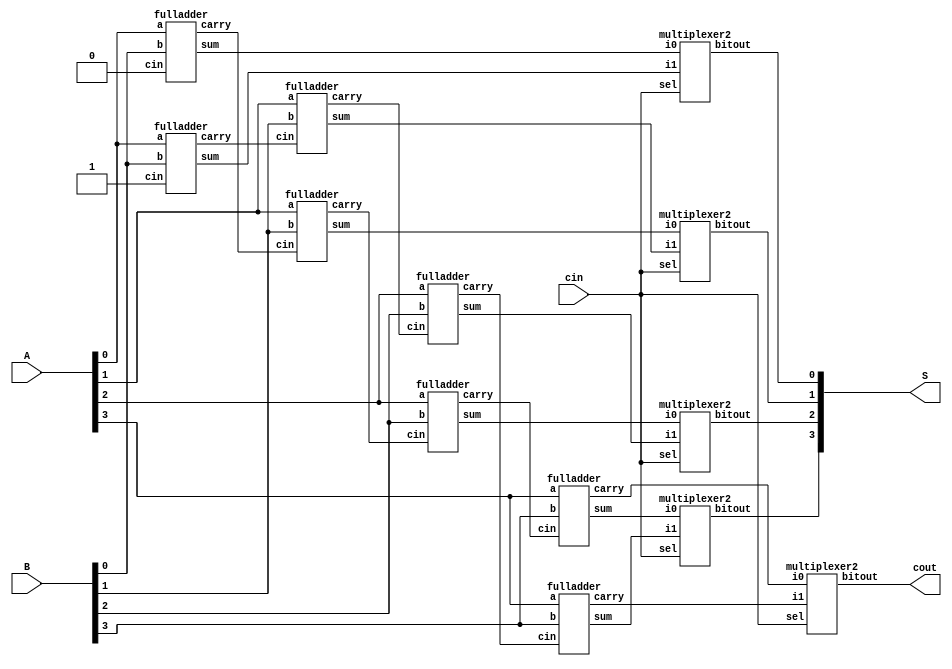
/*

    CARRY SELECT ADDER VERILOG CODE

*/

module carry_select_adder
        (   input [3:0] A,B,
            input cin,
            output [3:0] S,
            output cout );
            
        wire [3:0] temp0,temp1,carry0,carry1;
        //for carry 0
        fulladder fa00(A[0],B[0],1'b0,temp0[0],carry0[0]);
        fulladder fa01(A[1],B[1],carry0[0],temp0[1],carry0[1]);
        fulladder fa02(A[2],B[2],carry0[1],temp0[2],carry0[2]);
        fulladder fa03(A[3],B[3],carry0[2],temp0[3],carry0[3]);
        //for carry 1
        fulladder fa10(A[0],B[0],1'b1,temp1[0],carry1[0]);
        fulladder fa11(A[1],B[1],carry1[0],temp1[1],carry1[1]);
        fulladder fa12(A[2],B[2],carry1[1],temp1[2],carry1[2]);
        fulladder fa13(A[3],B[3],carry1[2],temp1[3],carry1[3]);
        //mux for carry
        multiplexer2 mux_carry(carry0[3],carry1[3],cin,cout);
        //mux's for sum
        multiplexer2 mux_sum0(temp0[0],temp1[0],cin,S[0]);
        multiplexer2 mux_sum1(temp0[1],temp1[1],cin,S[1]);
        multiplexer2 mux_sum2(temp0[2],temp1[2],cin,S[2]);
        multiplexer2 mux_sum3(temp0[3],temp1[3],cin,S[3]);

endmodule


module fulladder
                (   input a,b,cin,
                    output sum,carry
                    );
        assign sum = a ^ b ^ cin;
        assign carry = (a & b) | (cin & b) | (a & cin);
endmodule

module multiplexer2
        (   input i0,i1,sel,
            output reg bitout
            );
        always@(i0,i1,sel)
        begin
        if(sel == 0)
            bitout = i0;
        else
            bitout = i1; 
        end
endmodule